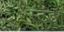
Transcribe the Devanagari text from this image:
स्‍टॅड